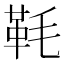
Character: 𩉪